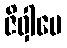
ဇိဝှါပေ